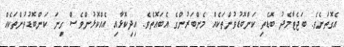
އެގޮތަށެވެ. ބަޖެޓާމެދު ބޮޑެތި ކަންބޮޑުވުންތަކެއް މެންބަރުންގެ އެބައޮތެވެ. އިދިކޮޅާއި އެއްކޮޅުންވެސް ގިނަ ކަންބޮޑުވުންތަކެއް